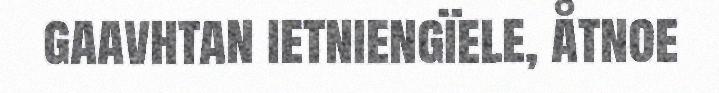
gaavhtan ietniengïele, åtnoe